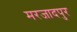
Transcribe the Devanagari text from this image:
मरजादपुर